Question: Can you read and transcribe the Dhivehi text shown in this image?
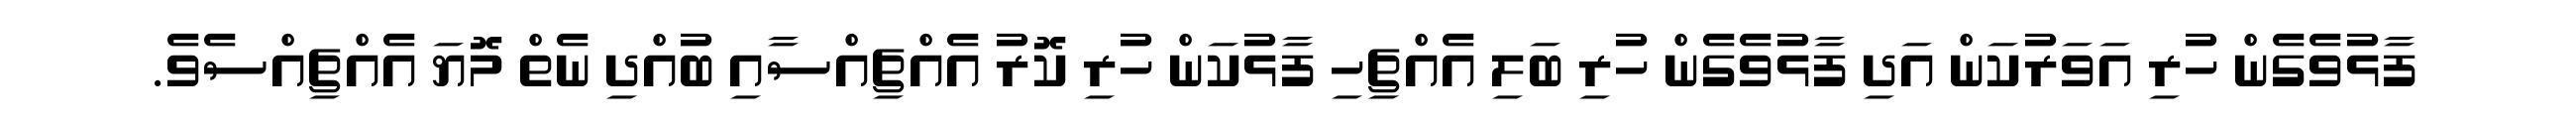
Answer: ފާޅުވެގެން ހުރި އަވަރުކަން އަދި ފާޅުވެގެން ހުރި ބަލި އެއްޗިހި ފާޅުކަން ހުރި ކޮރު އެއްޗިއްސާއި ބުއްދި ނެތް މޮޔަ އެއްޗިއްސެވެ.